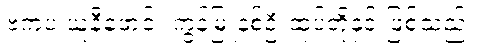
ဗကပ ယူနီဖောင်း ကွန်မြူနစ်ဦးထုပ်တို့နှင့် ဖြစ်သည်။